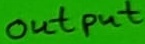
Text: output